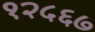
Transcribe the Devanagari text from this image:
१२५६७